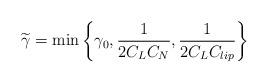
LaTeX: \begin{align*}\widetilde \gamma = \min \left\{ \gamma_{0}, \frac{1}{2C_{L} C_{N}}, \frac{1}{2C_{L} C_{lip}}\right\}\end{align*}